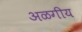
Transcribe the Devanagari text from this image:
अळगीय